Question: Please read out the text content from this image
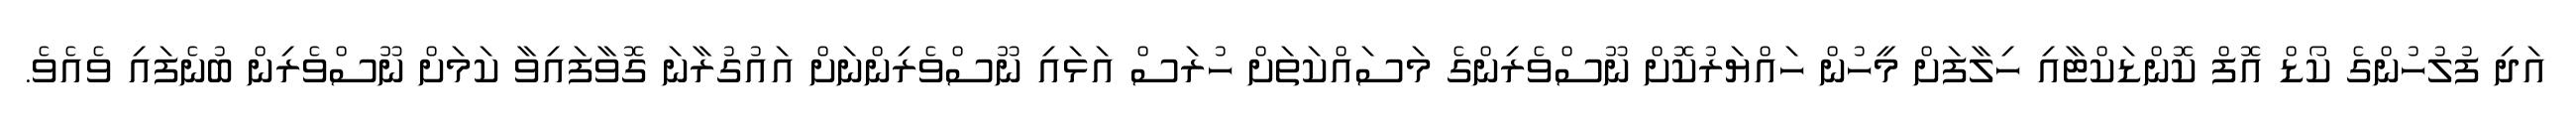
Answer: އަދި ފުލުހުންގެ ކޯޑް އޮފް ކޮންޑަކްޓާއި ހިލާފަށް މީހުން ހައްޔަރުކޮށް ނޫސްވެރިންގެ މަސައްކަތަށް ހުރަސް އަޅައި ނޫސްވެރިންނަށް އައުގުރާނަ ގޮވާފައިވާ ކަމަށް ނޫސްވެރިން ބުނެފައި ވެއެވެ.